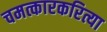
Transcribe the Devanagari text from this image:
चमत्कारकरित्या